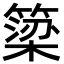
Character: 簗